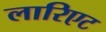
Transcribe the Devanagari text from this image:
लारिएट